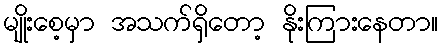
မျိုးစေ့မှာ အသက်ရှိတော့ နိုးကြားနေတာ။